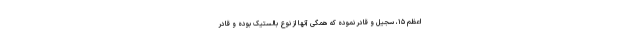
اعظم ۱۵، سجیل و قادر نموده که همگی آنها از نوع بالستیک بوده و قادر